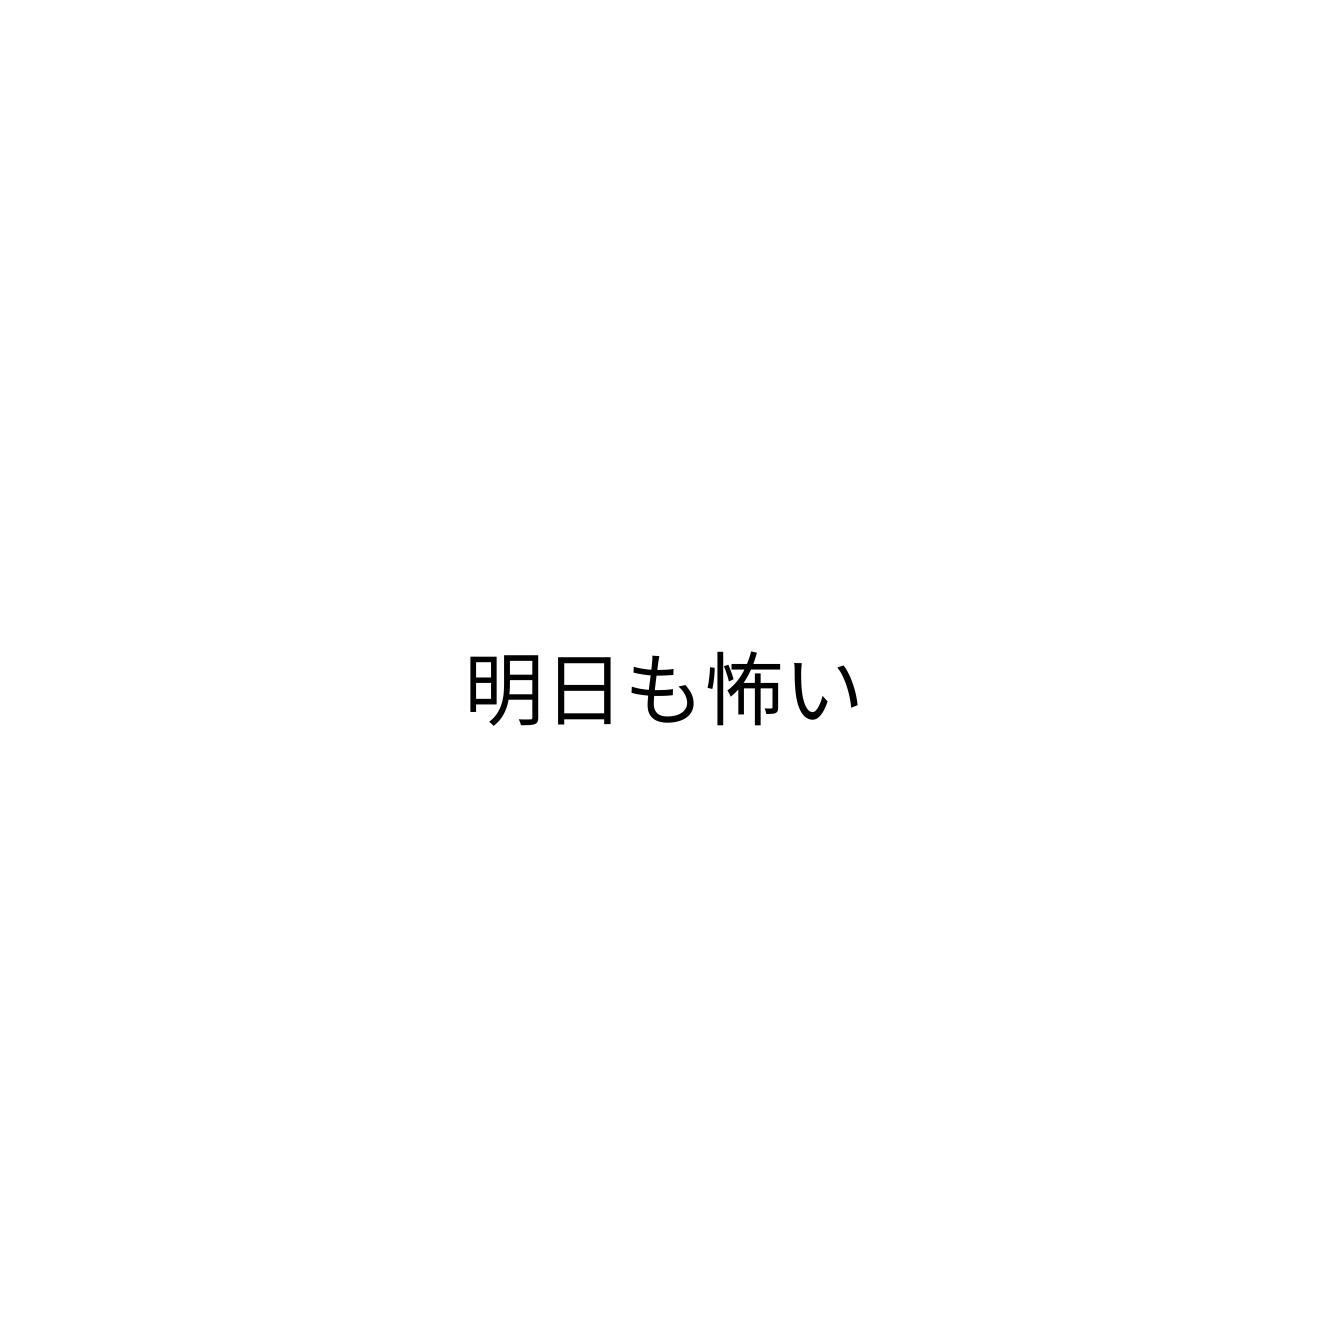
明日も怖い